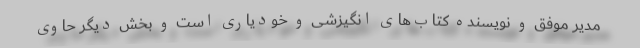
مدیر موفق و نویسنده کتاب‌های انگیزشی و خودیاری است و بخش دیگر حاوی